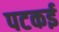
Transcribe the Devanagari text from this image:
पटकई